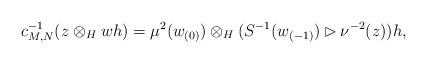
LaTeX: \begin{align*}c^{-1}_{M,N}(z\otimes_H wh)=\mu^{2}(w_{(0)})\otimes_H (S^{-1}(w_{(-1)})\rhd \nu^{-2}(z))h,\end{align*}